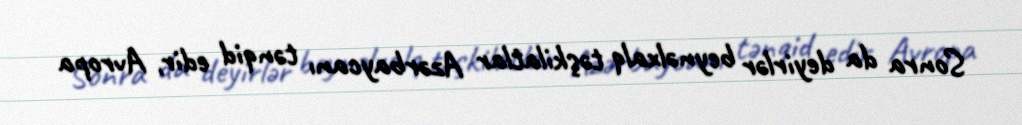
Sonra da deyirlər beynəlxalq təşkilatlar Azərbaycanı tənqid edir, Avropa